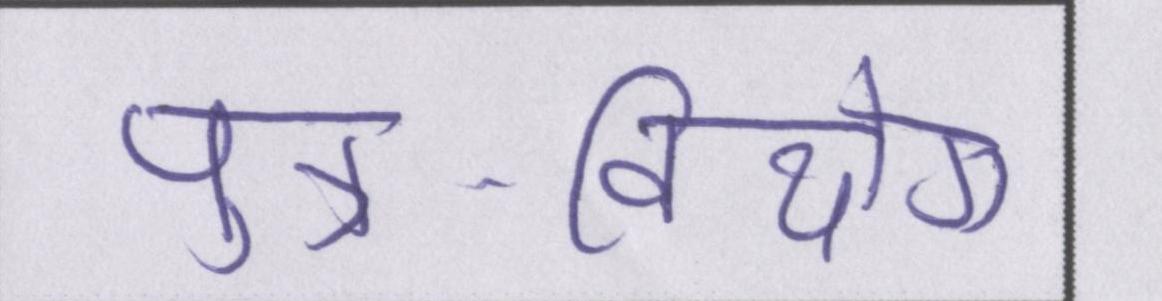
पुत्र-वियोग